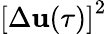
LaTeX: {[\Delta\mathbf{u}(\tau)]}^{2}